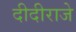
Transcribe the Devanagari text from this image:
दीदीराजे